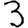
Digit: 3